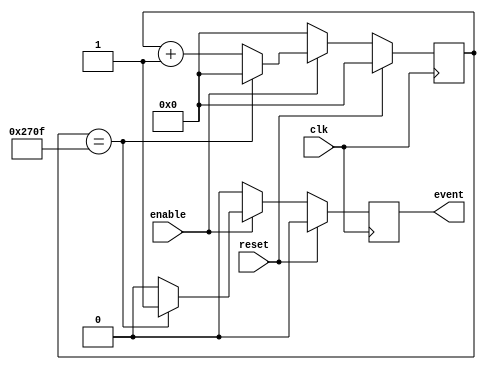
module Event_Timer (
    input wire clk,
    input wire reset,
    input wire enable,
    output reg event
);

reg [31:0] counter;
parameter PERIOD = 10000; // Change this value for desired periodic interval

always @(posedge clk) begin
    if (reset) begin
        counter <= 0;
        event <= 0;
    end else begin
        if (enable) begin
            counter <= counter + 1;
            if (counter == PERIOD - 1) begin
                counter <= 0;
                event <= 1;
            end else begin
                event <= 0;
            end
        end else begin
            counter <= 0;
            event <= 0;
        end
    end
end

endmodule